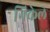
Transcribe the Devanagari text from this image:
निकेले